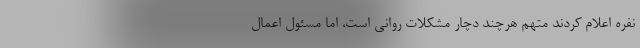
نفره اعلام کردند متهم هرچند دچار مشکلات روانی است، اما مسئول اعمال